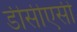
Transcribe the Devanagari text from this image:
डीसीएसी